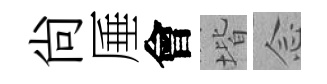
尙厜會堦𫝹